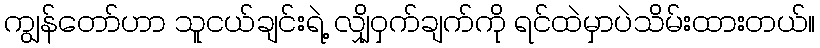
ကျွန်တော်ဟာ သူငယ်ချင်းရဲ့ လျှိုဝှက်ချက်ကို ရင်ထဲမှာပဲသိမ်းထားတယ်။